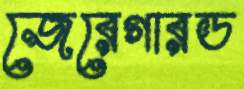
জেরেগারড